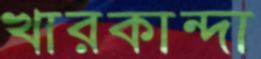
খারকান্দা